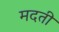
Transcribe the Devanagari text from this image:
मदती